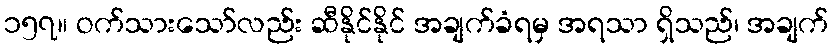
၁၅၇။ ဝက်သားသော်လည်း ဆီနိုင်နိုင် အချက်ခံရမှ အရသာ ရှိသည်၊ အချက်